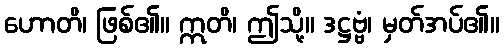
ဟောတိ၊ ဖြစ်၏။ ဣတိ၊ ဤသို့။ ဒဋ္ဌဗ္ဗံ၊ မှတ်အပ်၏။